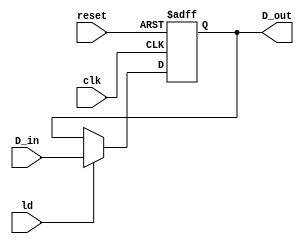
`timescale 1ns / 1ps
//////////////////////////////////////////////////////////////////////////////////
// 
// Partner:        Edward Mares
//
// Module Name:    IR_Register 
//
// Description:    This is a register that is used to hold the output value  
//                 of the CPU_EU module.  
//
// Dependencies: 
//
// Revision: 
// Revision 0.01 - File Created
// Additional Comments: 
//
//////////////////////////////////////////////////////////////////////////////////
module IR_Register(clk, reset, D_in, ld, D_out);

   input            clk, reset, ld;
   input     [15:0] D_in;
   output    [15:0] D_out;
   reg       [15:0] D_out;

   //Create the register files used in the CPU_EU module
   always@ (posedge clk or posedge reset)begin
      if (reset)
         D_out <= 16'b0;
      else
         if (ld)
            D_out <= D_in;   
         else
            D_out <= D_out;
   end

endmodule